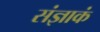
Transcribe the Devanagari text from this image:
संज्ञाकं